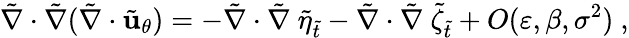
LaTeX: \tilde{\nabla}\cdot\tilde{\nabla}(\tilde{\nabla}\cdot\tilde{\mathbf{u}}_{\theta})=-\tilde{\nabla}\cdot\tilde{\nabla}~\tilde{\eta}_{\tilde{t}}-\tilde{\nabla}\cdot\tilde{\nabla}~{\tilde{\zeta}}_{\tilde{t}}+O(\varepsilon,\beta,\sigma^{2})\ ,